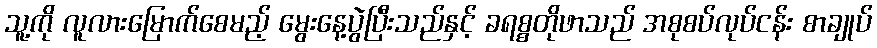
သူ့ကို လူလားမြောက်စေမည့် မွေးနေ့ပွဲပြီးသည်နှင့် ခရစ္စတိုဖာသည် အစုစပ်လုပ်ငန်း စာချုပ်